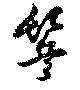
鬢